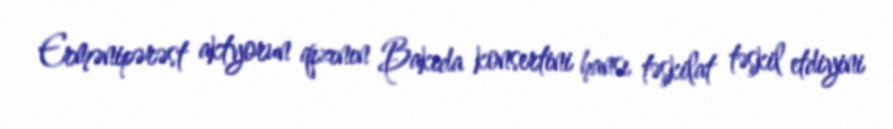
Ermənipərəst aktyorun qızının Bakıda konsertini hansı təşkilat təşkil etdiyini